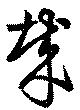
哉